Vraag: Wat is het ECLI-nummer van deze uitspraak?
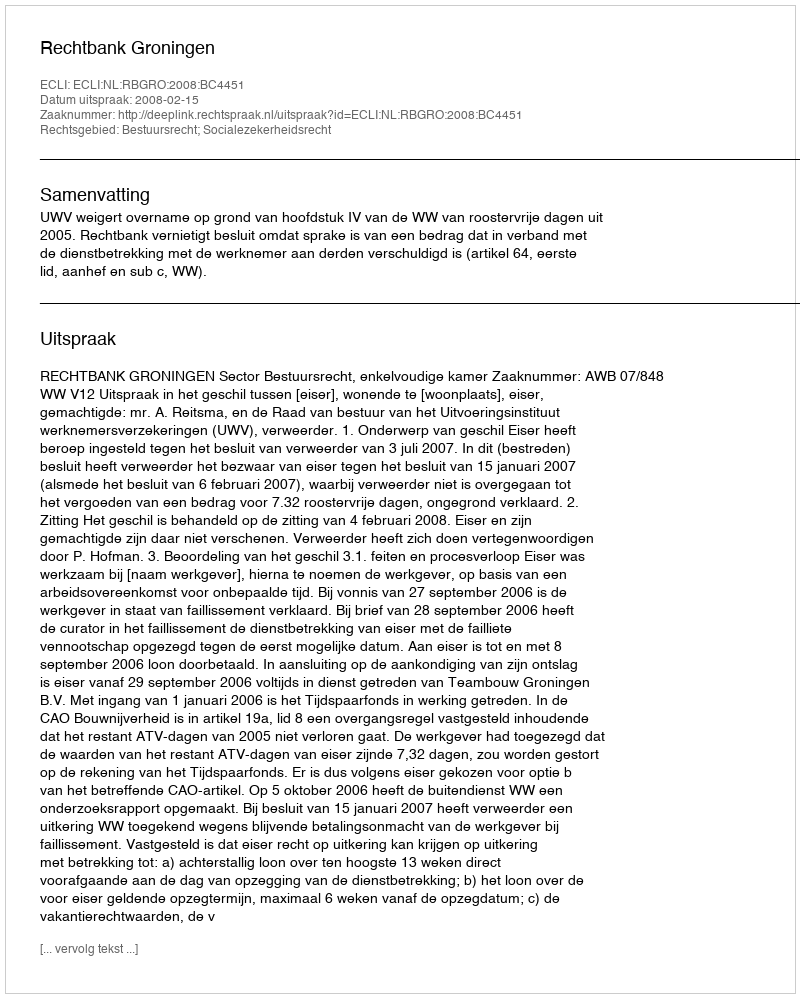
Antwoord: ECLI:NL:RBGRO:2008:BC4451